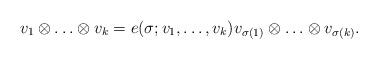
LaTeX: \begin{align*}v_1\otimes \ldots \otimes v_k= e(\sigma;v_1,\ldots,v_k) v_{\sigma(1)}\otimes \ldots \otimes v_{\sigma(k)}.\end{align*}